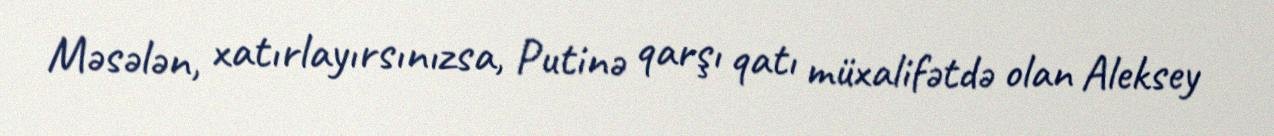
Məsələn, xatırlayırsınızsa, Putinə qarşı qatı müxalifətdə olan Aleksey